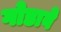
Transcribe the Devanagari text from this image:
गोडावे